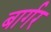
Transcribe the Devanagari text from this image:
बार्गर